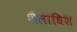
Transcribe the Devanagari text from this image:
शैलाधिश